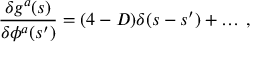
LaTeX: \frac { \delta g ^ { a } ( s ) } { \delta \phi ^ { a } ( s ^ { \prime } ) } = ( 4 - D ) \delta ( s - s ^ { \prime } ) + \ldots \: ,